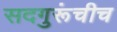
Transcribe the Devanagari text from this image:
सदगुरूंचीच